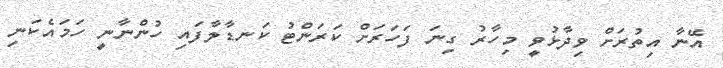
އޭނާ އިތުރަށް ވިދާޅުވީ މިހާރު ގިނަ ފަހަރަށް ކަރަންޓު ކަނޑާލާފައި ހުންނާނީ ހަމައެކަނި